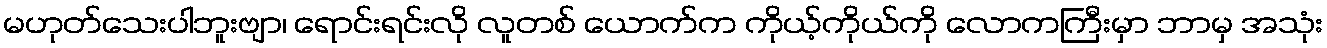
မဟုတ်သေးပါဘူးဗျာ၊ ရောင်းရင်းလို လူတစ် ယောက်က ကိုယ့်ကိုယ်ကို လောကကြီးမှာ ဘာမှ အသုံး